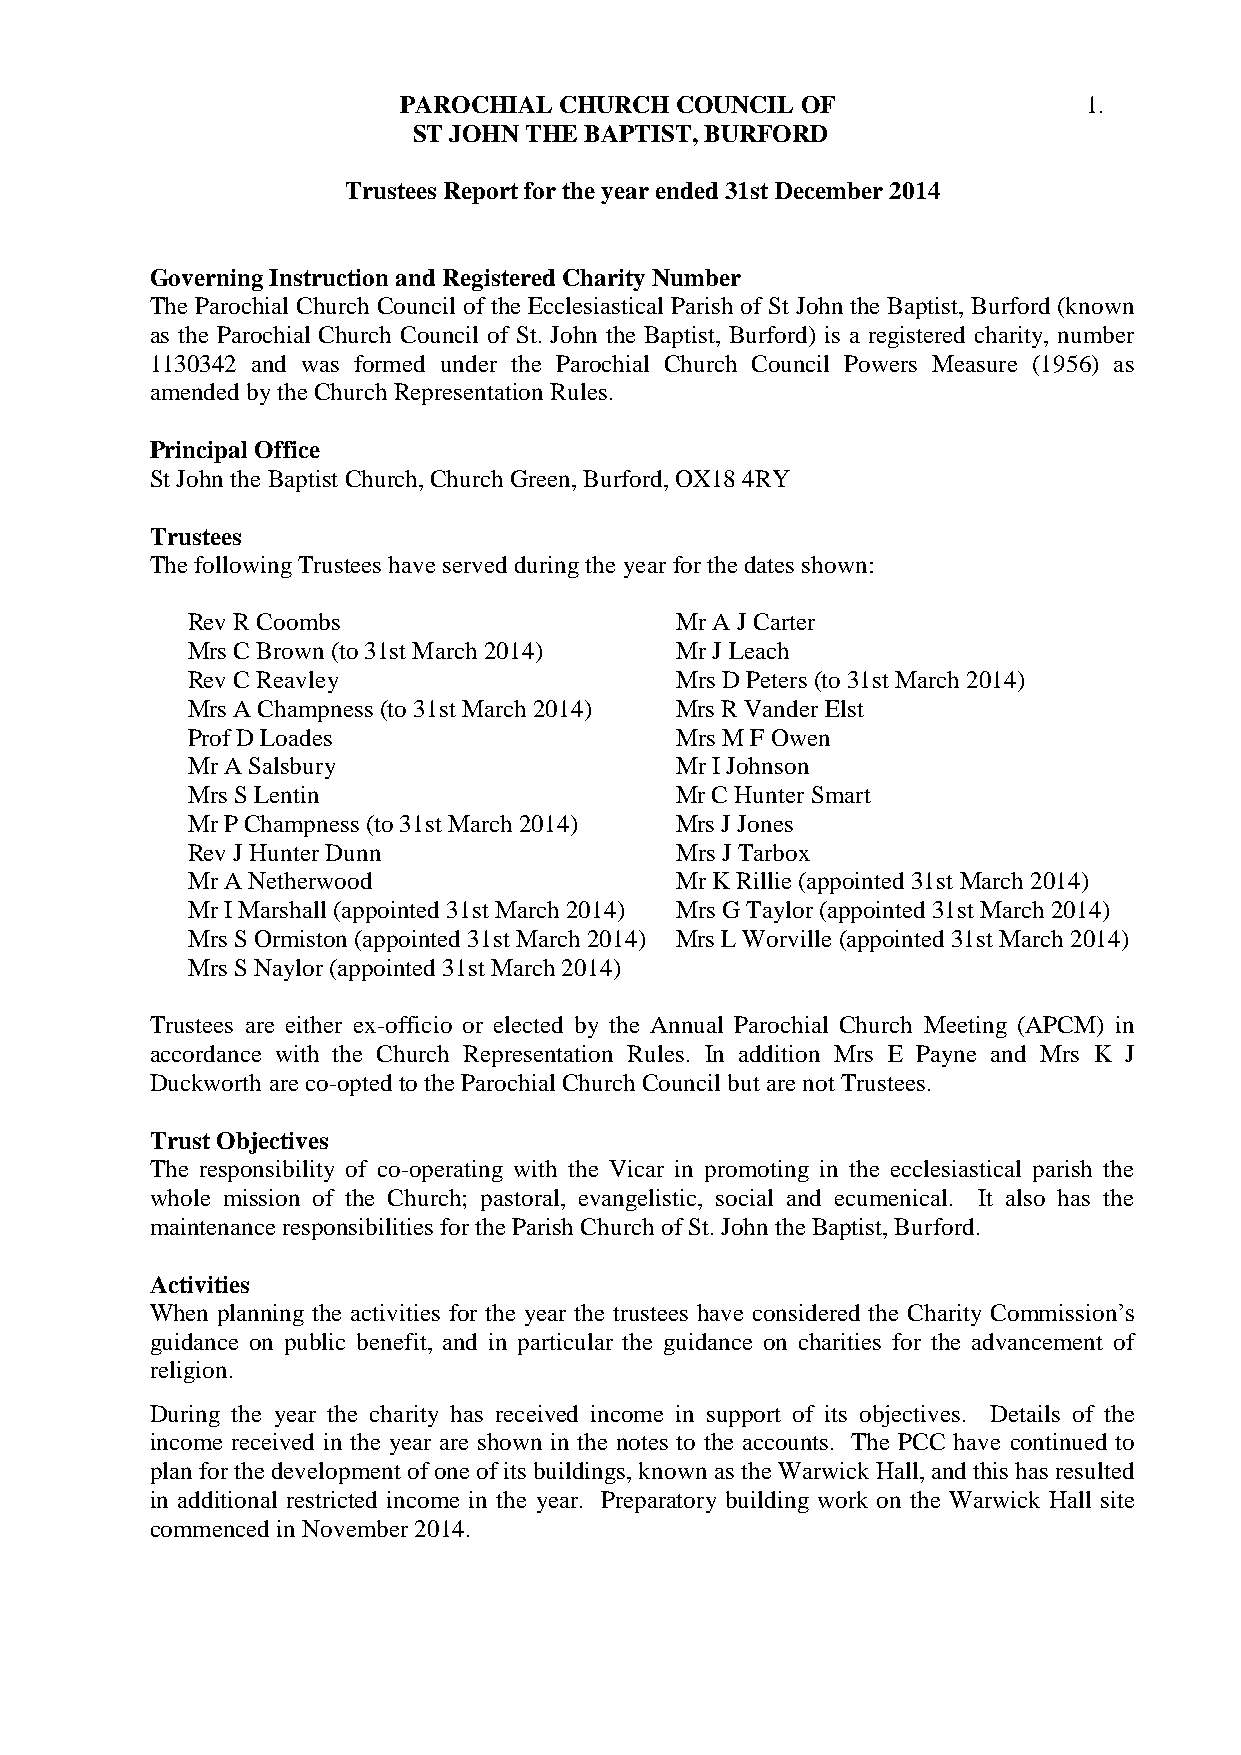
PAROCHIAL  CHURCH  COUNCIL OF                 1.
 ST JOHN THE BAPTIST, BURFORD
 Trustees Report for the year ended 31st December 2014
 Governing Instruction and Registered Charity Number
 The Parochial Church Council of the Ecclesiastical Parish of St John the Baptist, Burford (known
 as the Parochial Church Council of St. John the Baptist, Burford) is a registered charity, number
 1130342 and was formed under the Parochial Church Council Powers Measure (1956) as
 amended by the Church Representation Rules.
 Principal Office
 St John the Baptist Church, Church Green, Burford, OX18 4RY
 Trustees
 The following Trustees have served during the year for the dates shown:
 Rev R Coombs                     Mr A J Carter
 Mrs C Brown (to 31st March 2014) Mr J Leach
 Rev C Reavley                    Mrs D Peters (to 31st March 2014)
 Mrs A Champness (to 31st March 2014) Mrs R Vander Elst
 Prof D Loades                    Mrs M F Owen
 Mr A Salsbury                    Mr I Johnson
 Mrs S Lentin                     Mr C Hunter Smart
 Mr P Champness (to 31st March 2014) Mrs J Jones
 Rev J Hunter Dunn                Mrs J Tarbox
 Mr A Netherwood                  Mr K Rillie (appointed 31st March 2014)
 Mr I Marshall (appointed 31st March 2014) Mrs G Taylor (appointed 31st March 2014)
 Mrs S Ormiston (appointed 31st March 2014) Mrs L Worville (appointed 31st March 2014)
 Mrs S Naylor (appointed 31st March 2014)
 Trustees are either ex-officio or elected by the Annual Parochial Church Meeting (APCM) in
 accordance with the Church Representation Rules. In addition Mrs E Payne and Mrs K J
 Duckworth are co-opted to the Parochial Church Council but are not Trustees.
 Trust Objectives
 The responsibility of co-operating with the Vicar in promoting in the ecclesiastical parish the
 whole mission of the Church; pastoral, evangelistic, social and ecumenical. It also has the
 maintenance responsibilities for the Parish Church of St. John the Baptist, Burford.
 Activities
 When planning the activities for the year the trustees have considered the Charity Commission’s
 guidance on public benefit, and in particular the guidance on charities for the advancement of
 religion.
 During the year the charity has received income in support of its objectives. Details of the
 income received in the year are shown in the notes to the accounts. The PCC have continued to
 plan for the development of one of its buildings, known as the Warwick Hall, and this has resulted
 in additional restricted income in the year. Preparatory building work on the Warwick Hall site
 commenced in November 2014.